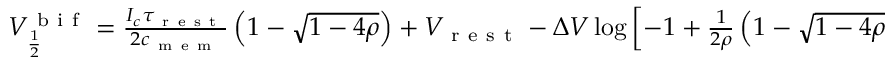
\begin{array} { r } { V _ { \frac { 1 } { 2 } } ^ { \mathrm { ~ b ~ i ~ f ~ } } = \frac { I _ { c } \tau _ { \mathrm { ~ r ~ e ~ s ~ t ~ } } } { 2 c _ { \mathrm { ~ m ~ e ~ m ~ } } } \left( 1 - \sqrt { 1 - 4 \rho } \right) + V _ { \mathrm { ~ r ~ e ~ s ~ t ~ } } - \Delta V \log \left[ - 1 + \frac { 1 } { 2 \rho } \left( 1 - \sqrt { 1 - 4 \rho } \right) \right] . } \end{array}